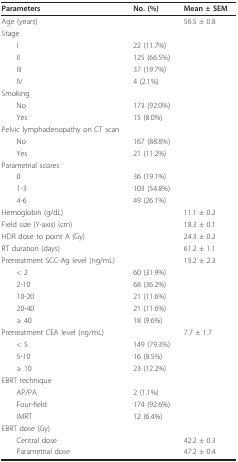
<table><thead><tr><td><b>Parameters</b></td><td><b>No. (%)</b></td><td><b>Mean ± SEM</b></td></tr></thead><tbody><tr><td>Age (years)</td><td></td><td>56.5 ± 0.8</td></tr><tr><td>Stage</td><td></td><td></td></tr><tr><td> I</td><td>22 (11.7%)</td><td></td></tr><tr><td> II</td><td>125 (66.5%)</td><td></td></tr><tr><td> III</td><td>37 (19.7%)</td><td></td></tr><tr><td> IV</td><td>4 (2.1%)</td><td></td></tr><tr><td>Smoking</td><td></td><td></td></tr><tr><td> No</td><td>173 (92.0%)</td><td></td></tr><tr><td> Yes</td><td>15 (8.0%)</td><td></td></tr><tr><td>Pelvic lymphadenopathy on CT scan</td><td></td><td></td></tr><tr><td> No</td><td>167 (88.8%)</td><td></td></tr><tr><td> Yes</td><td>21 (11.2%)</td><td></td></tr><tr><td>Parametrial scores</td><td></td><td></td></tr><tr><td> 0</td><td>36 (19.1%)</td><td></td></tr><tr><td> 1-3</td><td>103 (54.8%)</td><td></td></tr><tr><td> 4-6</td><td>49 (26.1%)</td><td></td></tr><tr><td>Hemoglobin (g/dL)</td><td></td><td>11.1 ± 0.2</td></tr><tr><td>Field size (Y-axis) (cm)</td><td></td><td>18.3 ± 0.1</td></tr><tr><td>HDR dose to point A (Gy)</td><td></td><td>24.3 ± 0.2</td></tr><tr><td>RT duration (days)</td><td></td><td>61.2 ± 1.1</td></tr><tr><td>Pretreatment SCC-Ag level (ng/mL)</td><td></td><td>15.2 ± 2.3</td></tr><tr><td> &lt; 2</td><td>60 (31.9%)</td><td></td></tr><tr><td> 2-10</td><td>68 (36.2%)</td><td></td></tr><tr><td> 10-20</td><td>21 (11.6%)</td><td></td></tr><tr><td> 20-40</td><td>21 (11.6%)</td><td></td></tr><tr><td> ≥ 40</td><td>18 (9.6%)</td><td></td></tr><tr><td>Pretreatment CEA level (ng/mL)</td><td></td><td>7.7 ± 1.7</td></tr><tr><td> &lt; 5</td><td>149 (79.3%)</td><td></td></tr><tr><td> 5-10</td><td>16 (8.5%)</td><td></td></tr><tr><td> ≥ 10</td><td>23 (12.2%)</td><td></td></tr><tr><td>EBRT technique</td><td></td><td></td></tr><tr><td> AP/PA</td><td>2 (1.1%)</td><td></td></tr><tr><td> Four-field</td><td>174 (92.6%)</td><td></td></tr><tr><td> IMRT</td><td>12 (6.4%)</td><td></td></tr><tr><td>EBRT dose (Gy)</td><td></td><td></td></tr><tr><td> Central dose</td><td></td><td>42.2 ± 0.3</td></tr><tr><td> Parametrial dose</td><td></td><td>47.2 ± 0.4</td></tr></tbody></table>